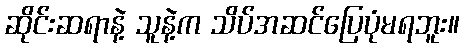
ဆိုင်းဆရာနဲ့ သူနဲ့က သိပ်အဆင်ပြေပုံမရဘူး။